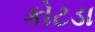
કોટડા